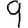
Digit: 9